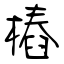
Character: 樁